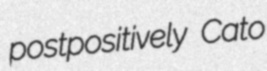
postpositively Cato